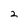
Character: 2